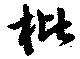
枇